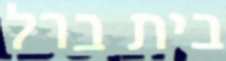
בית ברל